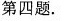
第四题。